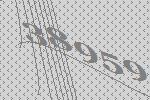
38959